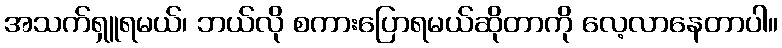
အသက်ရှူရမယ်၊ ဘယ်လို စကားပြောရမယ်ဆိုတာကို လေ့လာနေတာပါ။